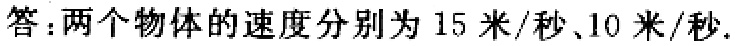
答：两个物体的速度分别为 \(15\) 米/秒、\(10\) 米/秒.